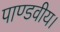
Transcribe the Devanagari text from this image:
पाण्डवीय।